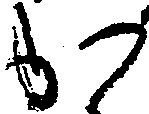
か